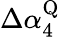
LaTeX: \Delta\alpha_{4}^{\mathrm{Q}}